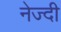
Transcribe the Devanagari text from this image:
नेज्दी